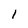
Character: 1